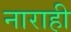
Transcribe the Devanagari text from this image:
नाराही